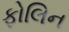
ફોલિન